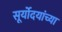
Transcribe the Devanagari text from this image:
सूर्योदयांच्या